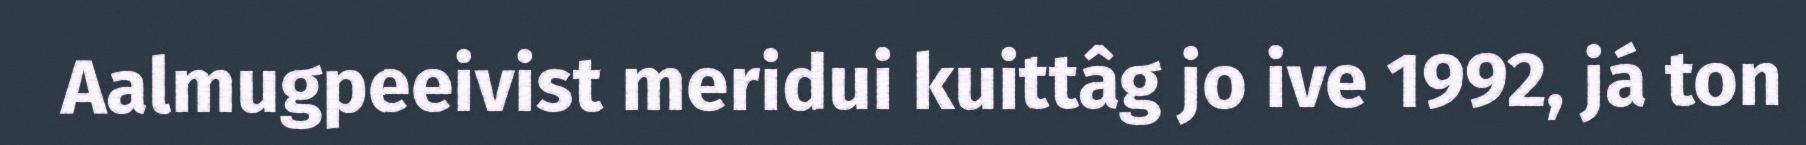
Aalmugpeeivist meridui kuittâg jo ive 1992, já ton